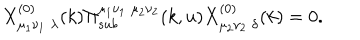
X _ { \mu _ { 1 } \nu _ { 1 } \; \lambda } ^ { ( 0 ) } ( k ) \Pi _ { s u b } ^ { \mu _ { 1 } \nu _ { 1 } \; \mu _ { 2 } \nu _ { 2 } } ( k , u ) X _ { \mu _ { 2 } \nu _ { 2 } \; \delta } ^ { ( 0 ) } ( k ) = 0 .